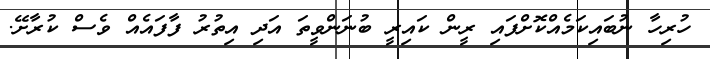
ހުރިހާ ނުބައިކަމެއްކޮށްފައި ރީން ކައިރީ ބުނަންވީތަ އަދި އިތުރު ފާފައެއް ވެސް ކުރާށޭ.